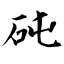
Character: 砘